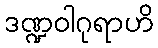
ဒဏ္ဍဝါဂုရာဟိ